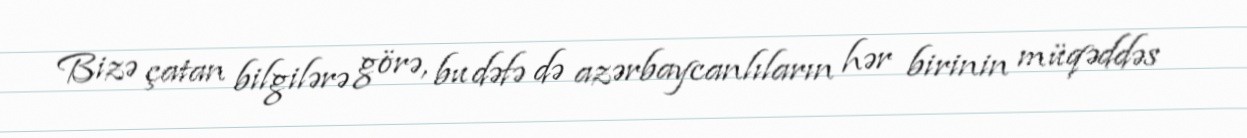
Bizə çatan bilgilərə görə, bu dəfə də azərbaycanlıların hər birinin müqəddəs